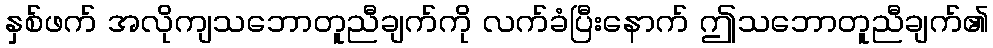
နှစ်ဖက် အလိုကျသဘောတူညီချက်ကို လက်ခံပြီးနောက် ဤသဘောတူညီချက်၏